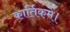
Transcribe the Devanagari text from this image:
कार्तिकमें।